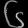
Digit: ၆